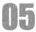
05